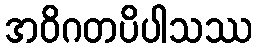
အဝိဂတပိပါသဿ